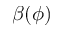
\beta ( \phi )